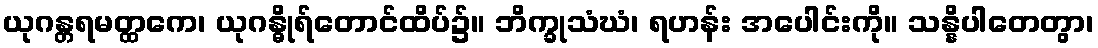
ယုဂန္တရမတ္ထကေ၊ ယုဂန္ဓိုရ်တောင်ထိပ်၌။ ဘိက္ခုသံဃံ၊ ရဟန်း အပေါင်းကို။ သန္နိပါတေတွာ၊